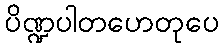
ပိဏ္ဍပါတဟေတုပေ